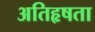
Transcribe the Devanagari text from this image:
अतिहृषता